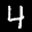
Label: 4